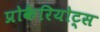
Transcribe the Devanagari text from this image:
प्रोकैरियोट्स